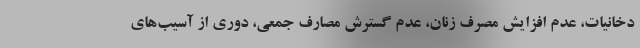
دخانیات، عدم افزایش مصرف زنان، عدم گسترش مصارف جمعی، دوری از آسیب‌های